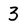
Character: 3